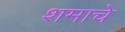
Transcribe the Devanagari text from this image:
शमाचे